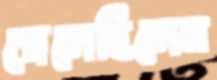
গেলেছিলেন